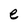
Character: e